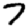
Digit: 7